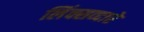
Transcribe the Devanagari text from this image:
लिंक्सव्दारे